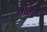
એટિક